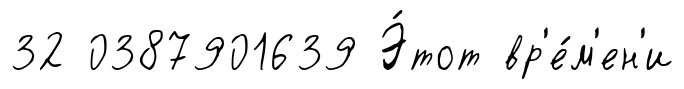
32 0387901639 Э́тот вр'е́м'ен'и